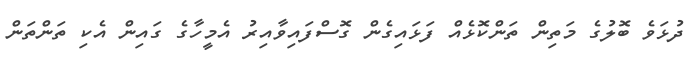
ދުޅަވެ ބޮލުގެ މަތިން ތަންކޮޅެއް ފަޅައިގެން ގޮސްފައިވާއިރު އެމީހާގެ ގައިން އެކި ތަންތަން